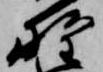
野